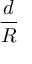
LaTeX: \frac { d } { R }